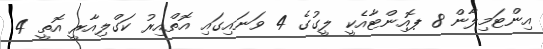
އިންޓަމިލާން 8 ޕޮއިންޓާއެކީ ލީގުގެ 4 ވަނައިގައި އޮތްއިރު ކަގްލިއާރީ އޮތީ 4